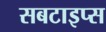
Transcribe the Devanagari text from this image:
सबटाइप्स